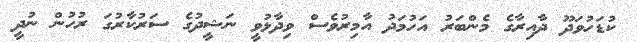
ކުޑަހުވަދޫ ދާއިރާގެ މެންބަރު އަހުމަދު އާމިރުވެސް ވިދާޅުވީ ނަޝީދުގެ ސަރުކާރުގަ ރުހުން ނުދީ